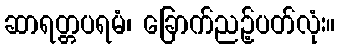
ဆာရတ္တပရမံ၊ ခြောက်ညဉ့်ပတ်လုံး။